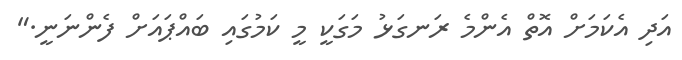
އަދި އެކަމަށް އޮތް އެންމެ ރަނގަޅު މަގަކީ މީ ކަމުގައި ބައްޕައަށް ފެންނަނީ."